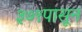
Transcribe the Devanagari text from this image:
३७९पासून